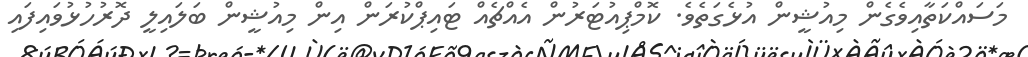
މަސައްކަތާއިވެގެން މިއުޝީން އުޅެގަތެވެ. ކޮމްޕިއުޓަރުން އެއްޗެއް ޓައިޕްކުރަން އިން މިއުޝީން ބަލައިލީ ދޮރުހުޅުވައިފައި